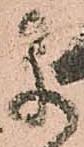
早